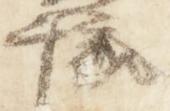
譲